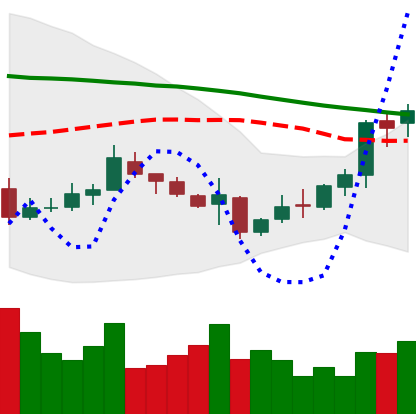
Ticker: XMR-USD
Chart end date: 2018-11-06
Forward return: -5.774%
Label: down_5_7